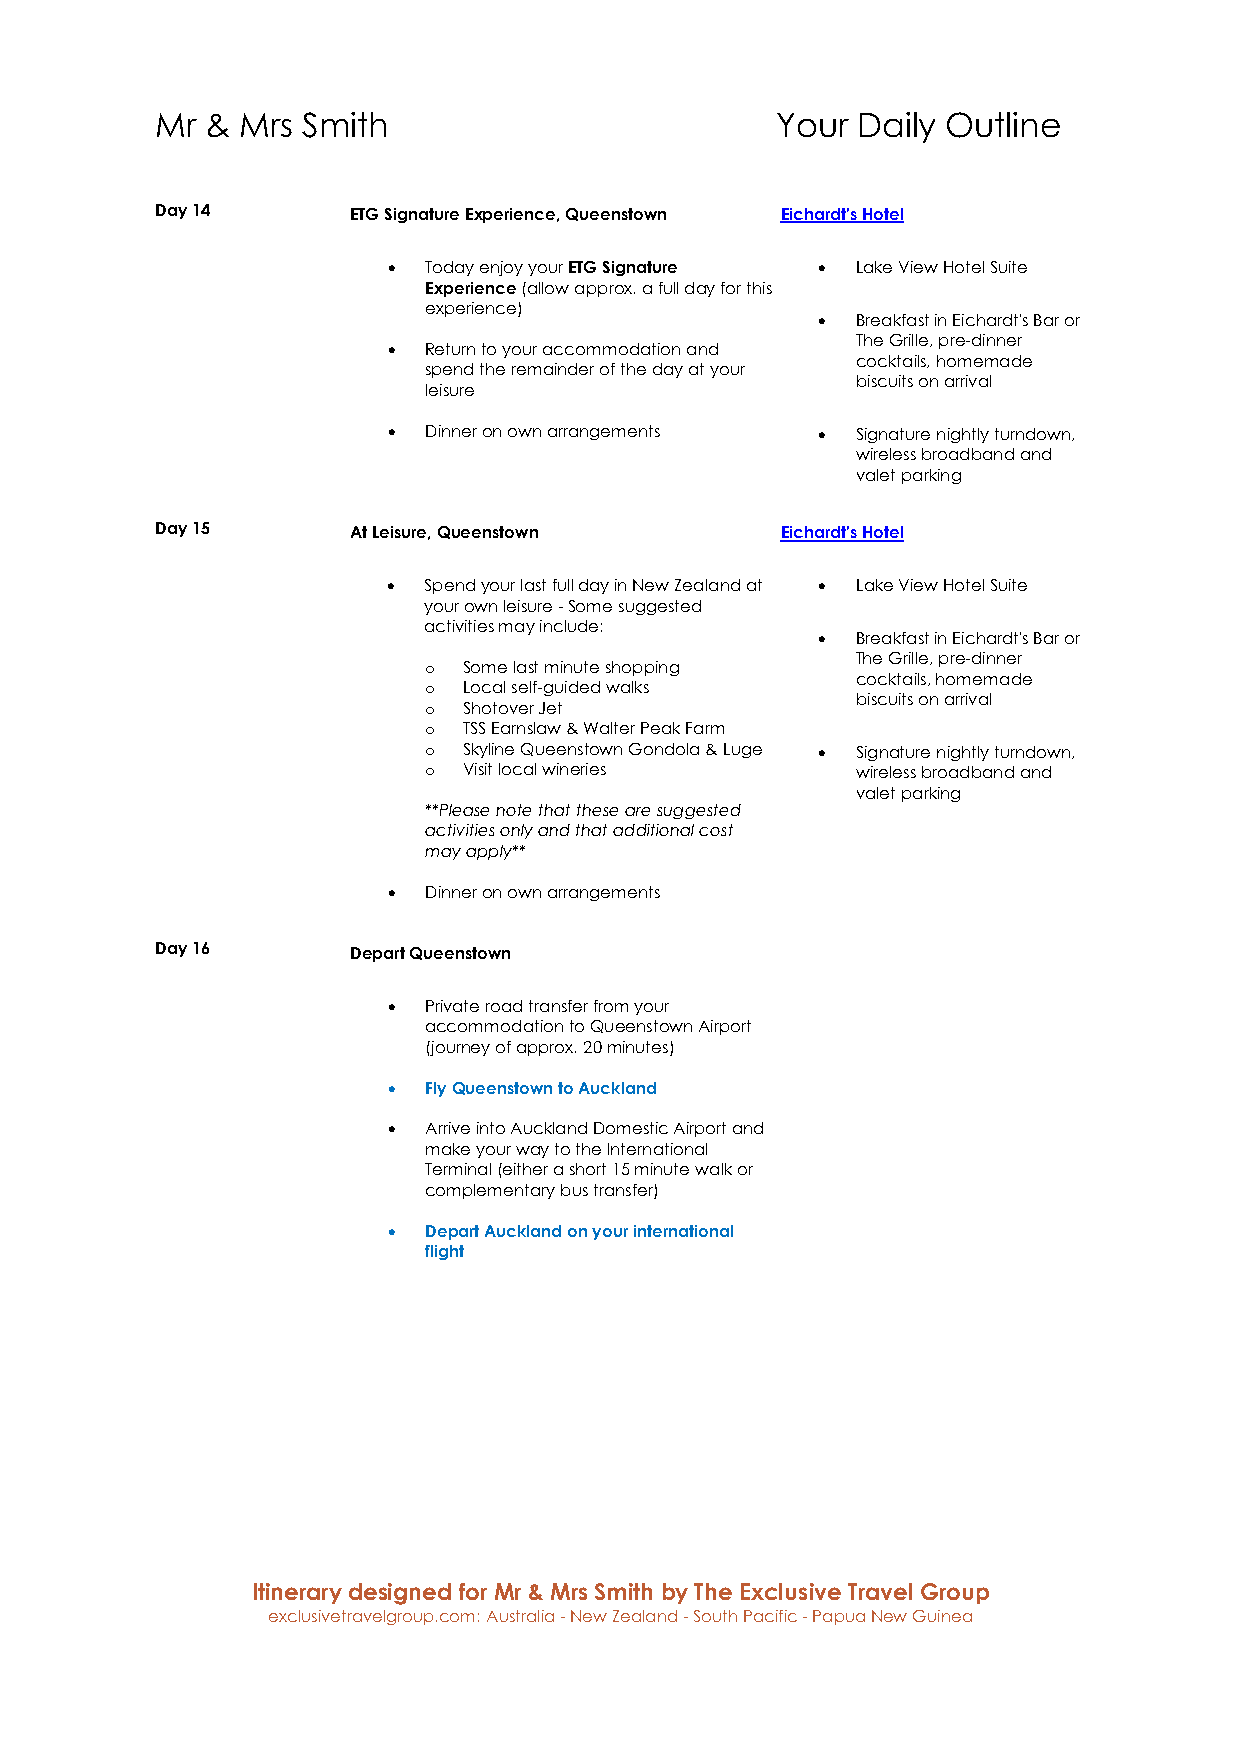
Mr  & Mrs Smith                          Your  Daily Outline
 Day 14       ETG Signature Experience, Queenstown Eichardt's Hotel
 • Today enjoy your ETG Signature • Lake View Hotel Suite
 Experience (allow approx. a full day for this
 experience)
 •  Breakfast in Eichardt's Bar or
 The Grille, pre-dinner
 • Return to your accommodation and
 cocktails, homemade
 spend the remainder of the day at your
 biscuits on arrival
 leisure
 • Dinner on own arrangements • Signature nightly turndown,
 wireless broadband and
 valet parking
 Day 15       At Leisure, Queenstown       Eichardt's Hotel
 • Spend your last full day in New Zealand at • Lake View Hotel Suite
 your own leisure - Some suggested
 activities may include:
 •  Breakfast in Eichardt's Bar or
 The Grille, pre-dinner
 o  Some last minute shopping
 cocktails, homemade
 o  Local self-guided walks
 biscuits on arrival
 o  Shotover Jet
 o  TSS Earnslaw & Walter Peak Farm
 o  Skyline Queenstown Gondola & Luge • Signature nightly turndown,
 o  Visit local wineries      wireless broadband and
 valet parking
 **Please note that these are suggested
 activities only and that additional cost
 may apply**
 • Dinner on own arrangements
 Day 16       Depart Queenstown
 • Private road transfer from your
 accommodation to Queenstown Airport
 (journey of approx. 20 minutes)
 • Fly Queenstown to Auckland
 • Arrive into Auckland Domestic Airport and
 make your way to the International
 Terminal (either a short 15 minute walk or
 complementary bus transfer)
 • Depart Auckland on your international
 flight
 Itinerary designed for Mr & Mrs Smith by The Exclusive Travel Group
 exclusivetravelgroup.com: Australia - New Zealand - South Pacific - Papua New Guinea